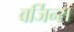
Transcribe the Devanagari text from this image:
वर्जिन्स